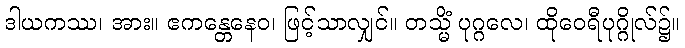
ဒါယကဿ၊ အား။ ဧကန္တေနေဝ၊ ဖြင့်သာလျှင်။ တသ္မိံ ပုဂ္ဂလေ၊ ထိုဝေရီပုဂ္ဂိုလ်၌။